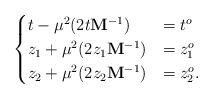
LaTeX: \begin{align*} \begin{cases} t -\mu^2 (2 t \mathbf M^{-1})&=t^o\\ z_1 + \mu^2 (2 z_1 \mathbf M^{-1}) &= z_1^o\\ z_2 + \mu^2 (2 z_2 \mathbf M^{-1})&=z_2^o.\end{cases}\end{align*}